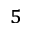
^ 5